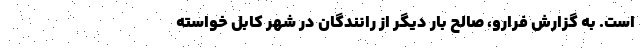
است. به گزارش فرارو، صالح بار دیگر از رانندگان در شهر کابل خواسته